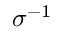
\sigma ^ { - 1 }